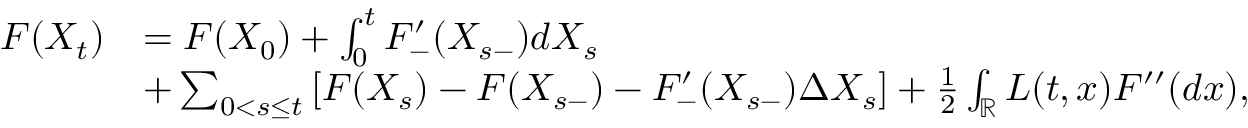
\begin{array} { r l } { F ( X _ { t } ) } & { = F ( X _ { 0 } ) + \int _ { 0 } ^ { t } F _ { - } ^ { \prime } ( X _ { s - } ) d X _ { s } } \\ & { + \sum _ { 0 < s \leq t } \left[ F ( X _ { s } ) - F ( X _ { s - } ) - F _ { - } ^ { \prime } ( X _ { s - } ) \Delta X _ { s } \right] + \frac { 1 } { 2 } \int _ { { \mathbb R } } L ( t , x ) F ^ { \prime \prime } ( d x ) , } \end{array}